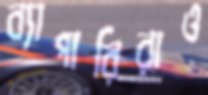
ব্যাপারিরাও